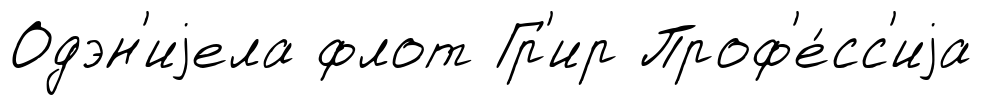
Одэн'иjела флот Гр'ир Проф'е́сс'иjа